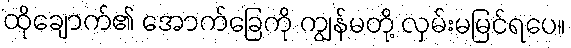
ထိုချောက်၏ အောက်ခြေကို ကျွန်မတို့ လှမ်းမမြင်ရပေ။